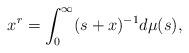
LaTeX: \begin{align*}x^r&=\int^{\infty}_0 (s+x)^{-1}d\mu(s),\end{align*}